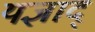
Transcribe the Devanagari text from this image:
यज्ञाद्‌